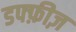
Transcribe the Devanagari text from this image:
डफ्फ़ीज़